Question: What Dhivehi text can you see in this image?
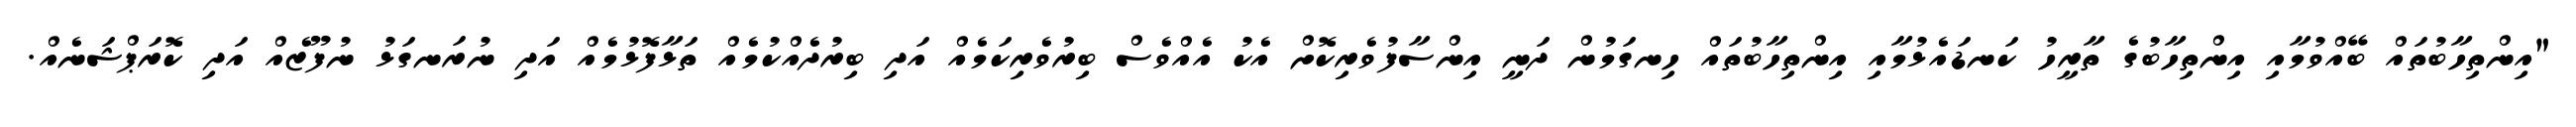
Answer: "އިންތިހާބުތައް ބޭއްވުމާއި އިންތިހާބުގެ ތާރީހު ކަނޑައެޅުމާއި އިންތިހާބުތައް ހިނގަމުން ދަނީ އިންސާފުވެރިކޮށް އެކު އެއްވެސް ބިރުވެރިކަމެއް އަދި ބިރުދެއްކުމެއް ތަޅާފޮޅުމެއް އަދި ނުރަނގަޅު ނުފޫޒެއް އަދި ކޮރަޕްޝަނެއް.